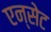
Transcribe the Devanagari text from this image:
एन्सेट